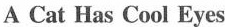
A Cat Has Cool Eyes